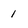
Character: 1